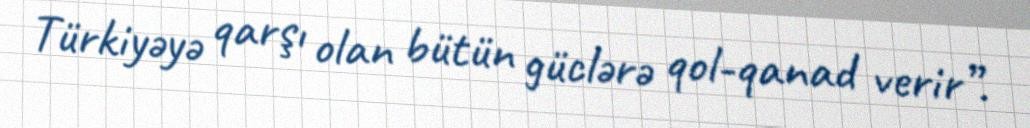
Türkiyəyə qarşı olan bütün güclərə qol-qanad verir”.